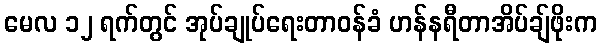
မေလ ၁၂ ရက်တွင် အုပ်ချုပ်ရေးတာဝန်ခံ ဟန်နရီတာအိပ်ချ်ဖိုးက